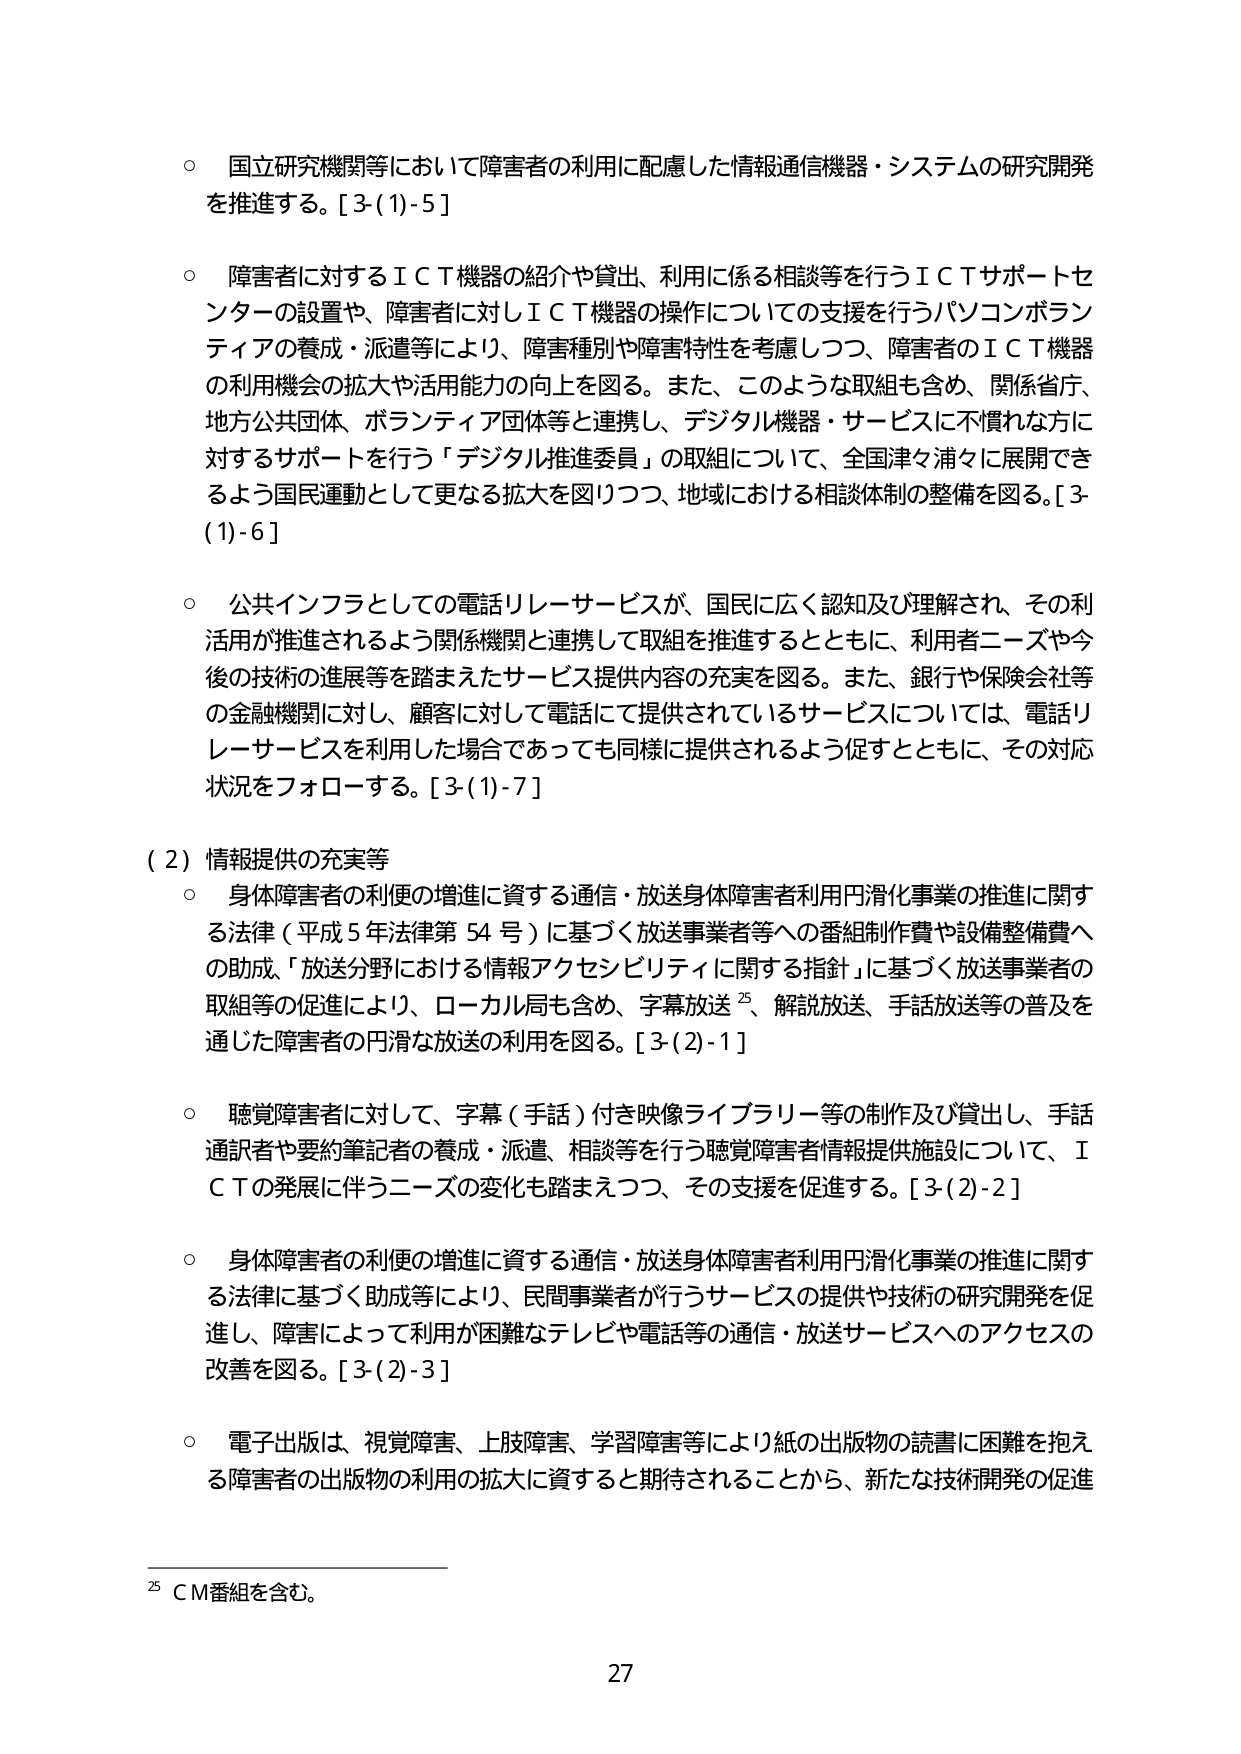
○ 国立研究機関等において障害者の利用に配慮した情報通信機器・システムの研究開発を推進する。[3-(1)-5]

○ 障害者に対するＩＣＴ機器の紹介や貸出、利用に係る相談等を行うＩＣＴサポートセンターの設置や、障害者に対しＩＣＴ機器の操作についての支援を行うパソコンボランティアの養成・派遣等により、障害種別や障害特性を考慮しつつ、障害者のＩＣＴ機器の利用機会の拡大や活用能力の向上を図る。また、このような取組も含め、関係省庁、地方公共団体、ボランティア団体等と連携し、デジタル機器・サービスに不慣れな方に対するサポートを行う「デジタル推進委員」の取組について、全国津々浦々に展開できるよう国民運動として更なる拡大を図りつつ、地域における相談体制の整備を図る。[3-(1)-6]

○ 公共インフラとしての電話リレーサービスが、国民に広く認知及び理解され、その利用が推進されるよう関係機関と連携して取組を推進するとともに、利用者ニーズや今後の技術の進展等を踏まえたサービス提供内容の充実を図る。また、銀行や保険会社等の金融機関に対し、顧客に対して電話にて提供されているサービスについては、電話リレーサービスを利用した場合であっても同様に提供されるよう促すとともに、その対応状況をフォローする。[3-(1)-7]

（2）情報提供の充実等

○ 身体障害者の利便の増進に資する通信・放送身体障害者利用円滑化事業の推進に関する法律（平成5年法律第54号）に基づく放送事業者等への番組制作費や設備整備費への助成、「放送分野における情報アクセシビリティに関する指針」に基づく放送事業者の取組等の促進により、ローカル局も含め、字幕放送²⁵、解説放送、手話放送等の普及を通じた障害者の円滑な放送の利用を図る。[3-(2)-1]

○ 聴覚障害者に対して、字幕（手話）付き映像ライブラリー等の制作及び貸出し、手話通訳者や要約筆記者の養成・派遣、相談等を行う聴覚障害者情報提供施設について、ＩＣＴの発展に伴うニーズの変化も踏まえつつ、その支援を促進する。[3-(2)-2]

○ 身体障害者の利便の増進に資する通信・放送身体障害者利用円滑化事業の推進に関する法律に基づく助成等により、民間事業者が行うサービスの提供や技術の研究開発を促進し、障害によって利用が困難なテレビや電話等の通信・放送サービスへのアクセスの改善を図る。[3-(2)-3]

○ 電子出版は、視覚障害、上肢障害、学習障害等により紙の出版物の読書に困難を抱える障害者の出版物の利用の拡大に資すると期待されることから、新たな技術開発の促進

²⁵ ＣＭ番組を含む。

27